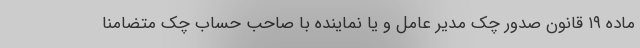
ماده ۱۹ قانون صدور چک مدیر عامل و یا نماینده با صاحب حساب چک متضامنا